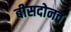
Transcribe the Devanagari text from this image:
बीसदोनव